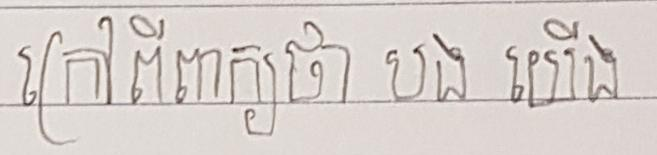
ក្រៅពីពាក្យថា បង យើង